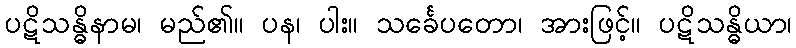
ပဋိသန္ဓိနာမ၊ မည်၏။ ပန၊ ပါး။ သင်္ခေပတော၊ အားဖြင့်။ ပဋိသန္ဓိယာ၊